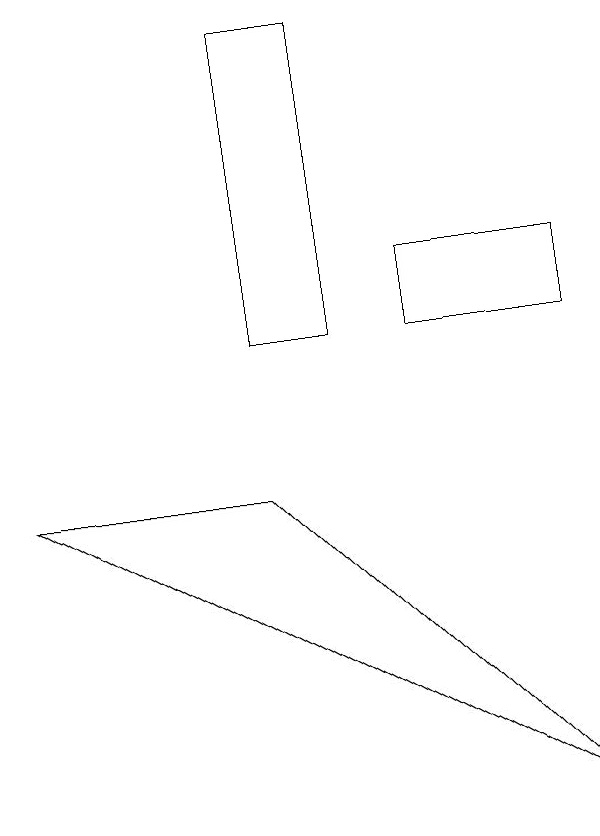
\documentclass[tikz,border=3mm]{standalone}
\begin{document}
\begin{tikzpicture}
\draw (6,11) rectangle (5,15);
\draw (2,9) -- (9,5) -- (5,9) -- cycle;
\draw (7,11) rectangle (9,12);
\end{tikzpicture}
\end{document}